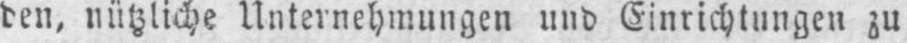
den, nützliche Unternehmungen und Einrichtungen zu